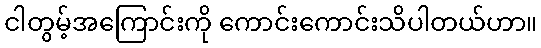
ငါတွမ့်အကြောင်းကို ကောင်းကောင်းသိပါတယ်ဟာ။